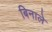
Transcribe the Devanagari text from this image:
बिनाले